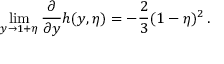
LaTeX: \operatorname * { l i m } _ { y \to 1 + \eta } \frac { \partial } { \partial y } h ( y , \eta ) = - \frac { 2 } { 3 } ( 1 - \eta ) ^ { 2 } \, .